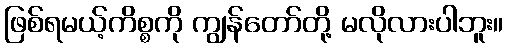
ဖြစ်ရမယ့်ကိစ္စကို ကျွန်တော်တို့ မလိုလားပါဘူး။